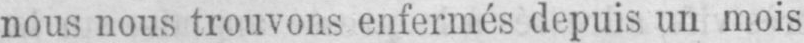
nous nous trouvons enfermés depuis un mois